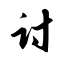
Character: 讨